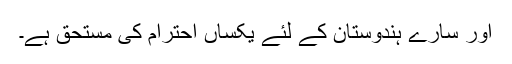
اور سارے ہندوستان کے لئے یکساں احترام کی مستحق ہے۔